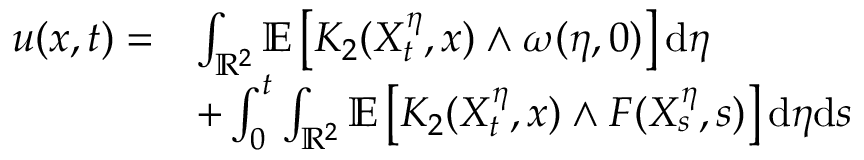
\begin{array} { r l } { u ( x , t ) = } & { \int _ { \mathbb { R } ^ { 2 } } \mathbb { E } \left[ K _ { 2 } ( X _ { t } ^ { \eta } , x ) \wedge \omega ( \eta , 0 ) \right] \mathrm { d } \eta } \\ & { + \int _ { 0 } ^ { t } \int _ { \mathbb { R } ^ { 2 } } \mathbb { E } \left[ K _ { 2 } ( X _ { t } ^ { \eta } , x ) \wedge F ( X _ { s } ^ { \eta } , s ) \right] \mathrm { d } \eta \mathrm { d } s } \end{array}